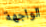
الواجهة